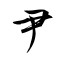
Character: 尹